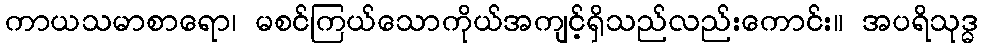
ကာယသမာစာရော၊ မစင်ကြယ်သောကိုယ်အကျင့်ရှိသည်လည်းကောင်း။ အပရိသုဒ္ဓ